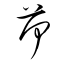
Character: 荷